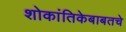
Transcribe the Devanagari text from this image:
शोकांतिकेबाबतचे